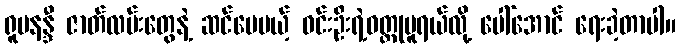
ရူပနန္ဒီ ဇာတ်လမ်းတွေနဲ့ ဆင်ပေမယ့် ဝင်းဦးရဲ့ဝတ္ထုမူရယ်လို့ ပေါ်အောင် ရေးခဲ့တာပါ။